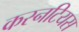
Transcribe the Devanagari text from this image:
कस्नटियस